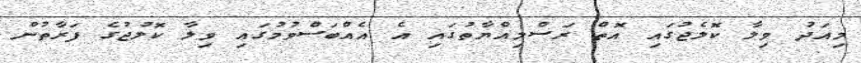
މިއަދު ވިލާ ކޮލެޖުގައި އޮތް ރަސްމިއްޔާތުގައި އެ އެއްބަސްވުމުގައި ވިލާ ކޮލުޖުގެ ފަރާތުން